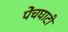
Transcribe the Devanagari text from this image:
पेंचघाटी